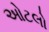
ઓટલો